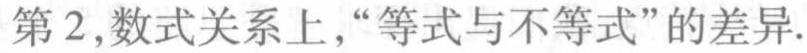
第2,数式关系上,“等式与不等式”的差异.